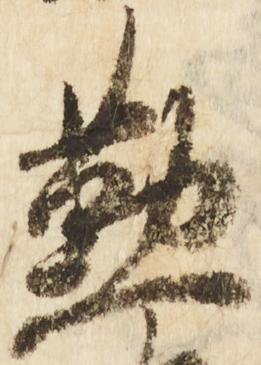
懃